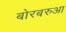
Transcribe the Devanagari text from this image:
बोरबरुआ